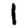
Digit: 1